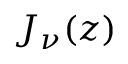
\textstyle J _ { \nu } ( z )